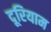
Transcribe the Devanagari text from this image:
दूरियाम